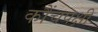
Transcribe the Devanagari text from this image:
कौंचपक्षी